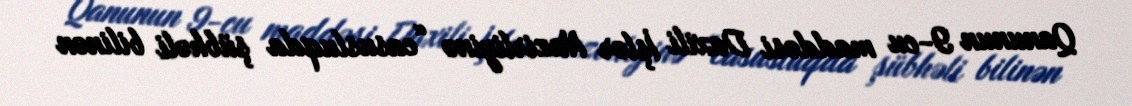
Qanunun 9-cu maddəsi Daxili İşlər Nazirliyinə “casusluqda şübhəli bilinən